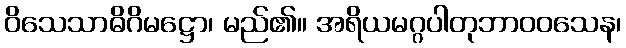
ဝိသေသာဓိဂိမဋ္ဌော၊ မည်၏။ အရိယမဂ္ဂပါတုဘာဝဝသေန၊